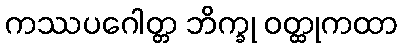
ကဿပဂေါတ္တ ဘိက္ခု ဝတ္ထုကထာ